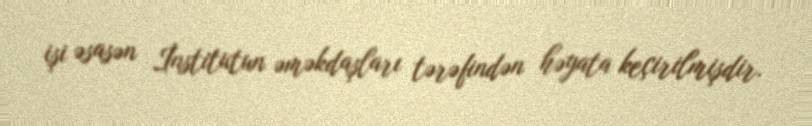
işi əsasən İnstitutun əməkdaşları tərəfindən həyata keçirilmişdir.